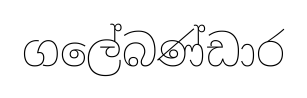
ගලේබණ්ඩාර